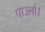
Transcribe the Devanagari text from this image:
पाउलो।